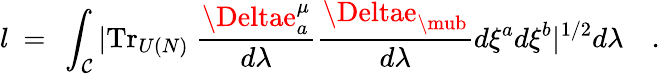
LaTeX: l~=~\int_{\cal\mathcal{C}}|\mathrm{{Tr}}_{U(N)}~{\frac{{\Deltae_{a}^{\mu}}}{{d\lambda}}}{\frac{{\Deltae_{\mub}}}{{d\lambda}}}d\xi^{a}d\xi^{b}|^{1/2}d\lambda\quad.